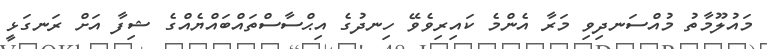
މައުލޫމާތު މުއްސަނދިވި މަރާ އެންމެ ކައިރިވެވޭ ހިނދުގެ އިޙްސާސްތައްބައްޔެއްގެ ޝިފާ އަށް ރަނގަޅީ